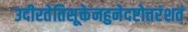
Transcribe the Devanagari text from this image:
उदीरतेतिसूक्तेनहुनेदष्टोत्तरंशतं